65_HS1-834228961_62-HQ-83894_Section_6
Agency: FBI
Page 252
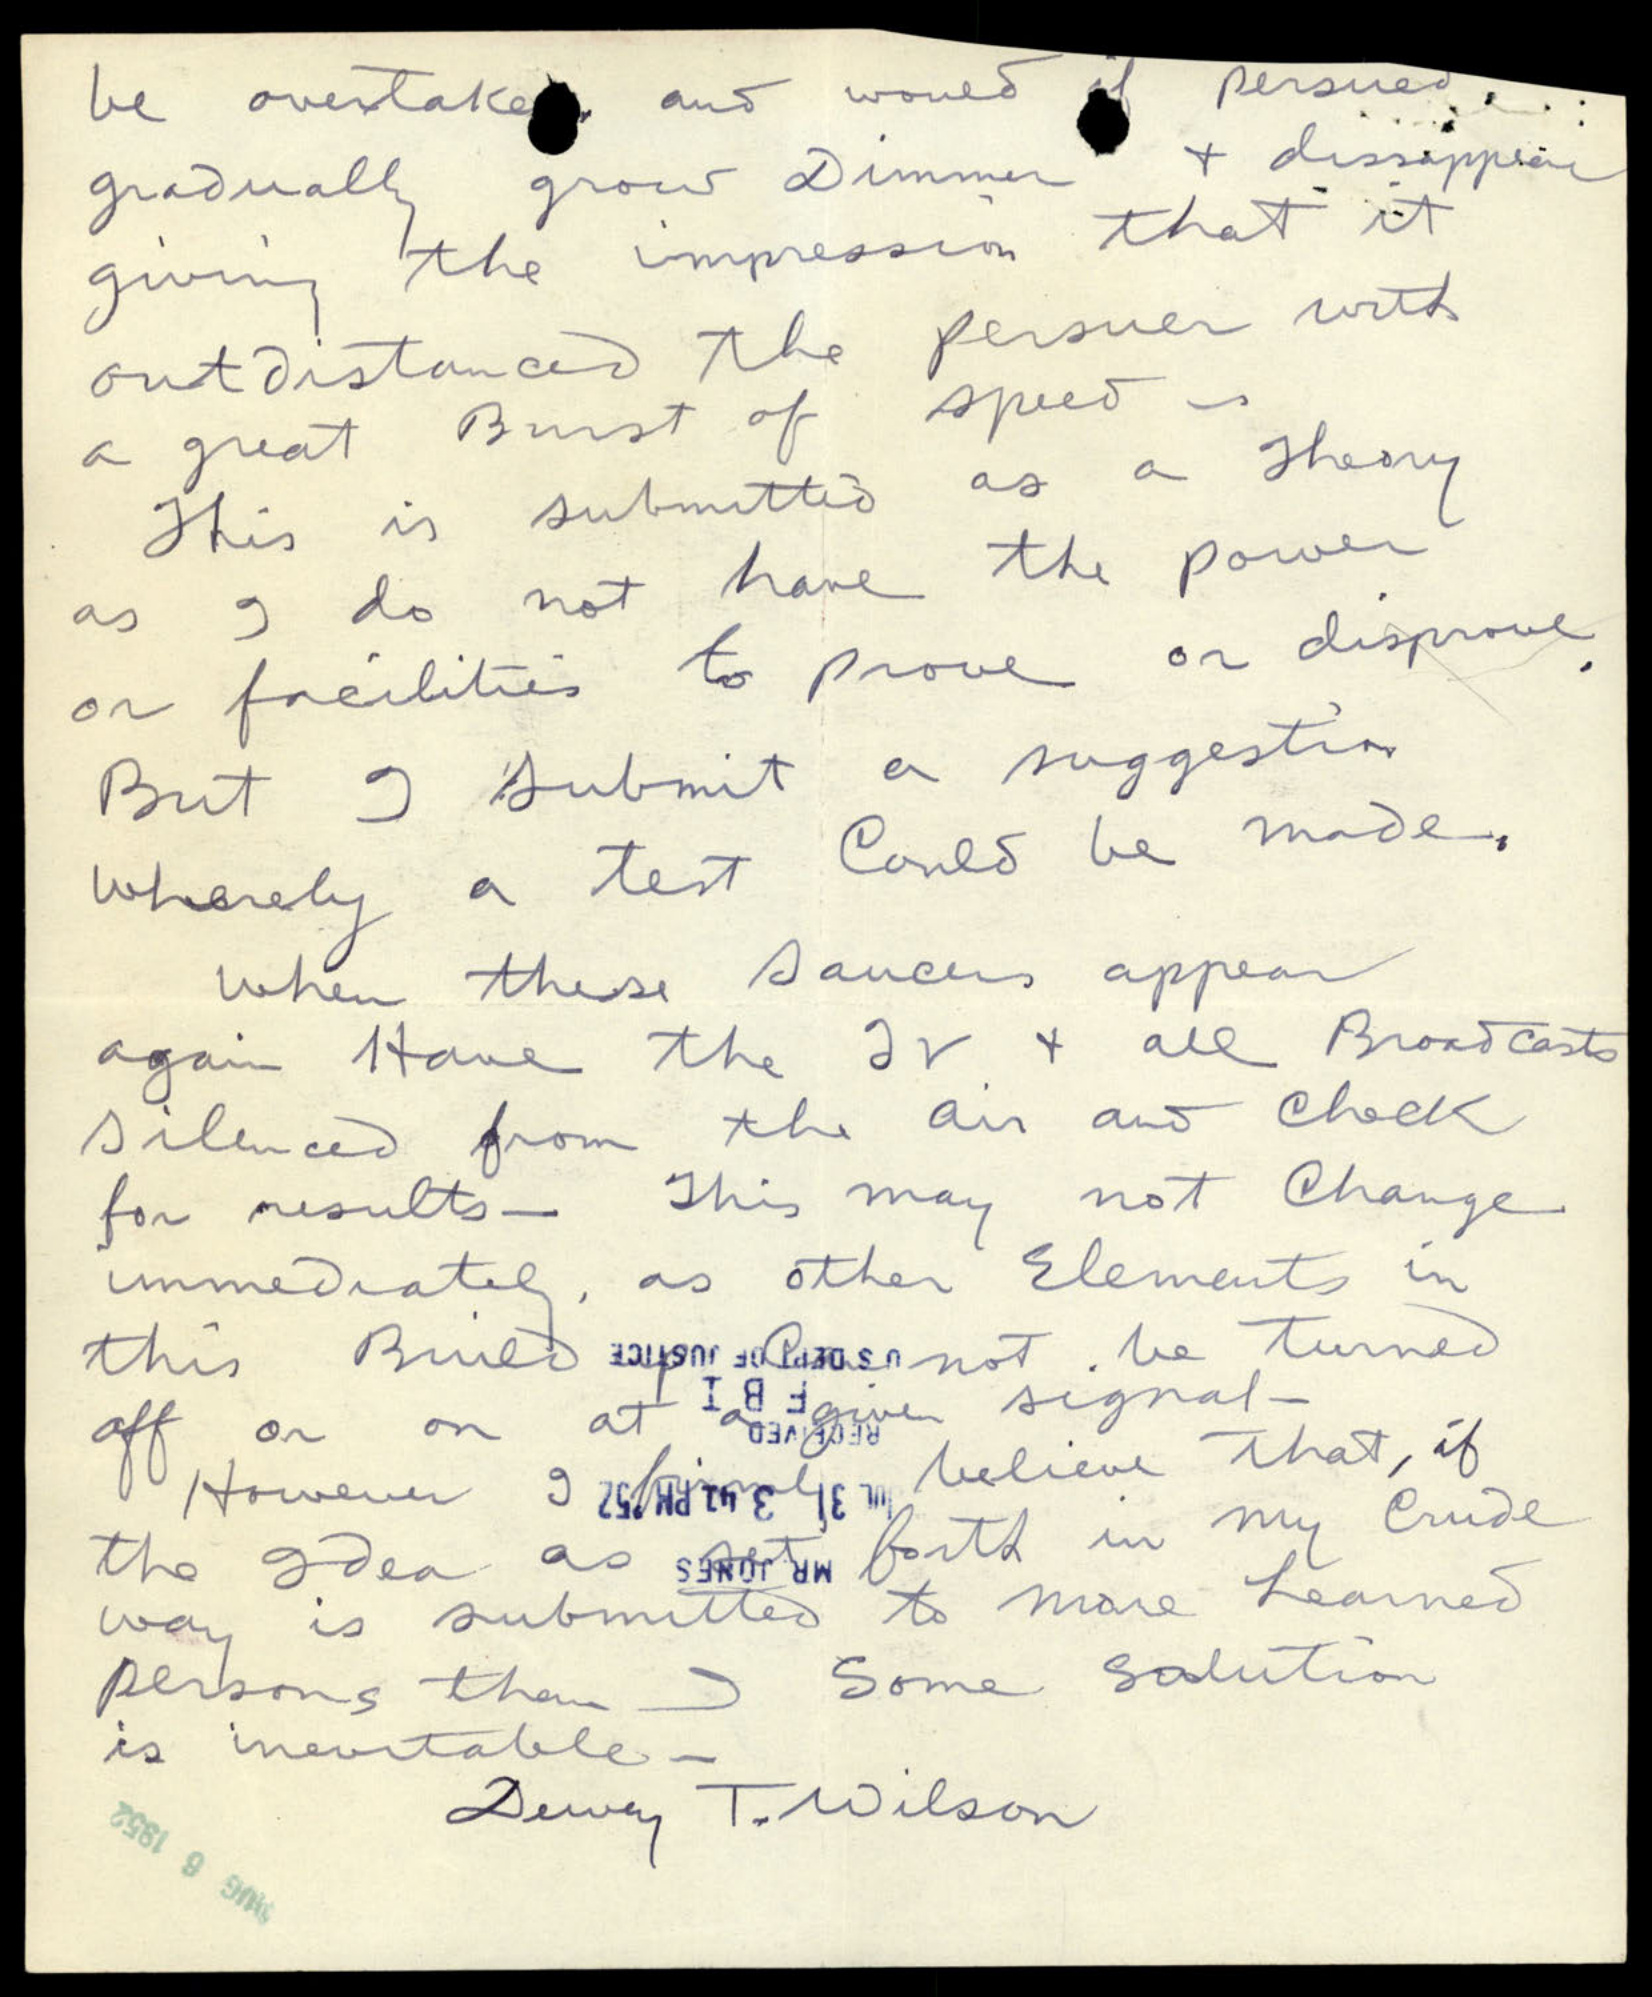